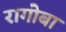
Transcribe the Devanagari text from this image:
रागोबा